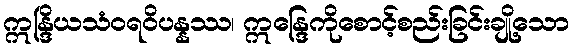
ဣန္ဒြိယသံဝရဝိပန္နဿ၊ ဣန္ဒြေကိုစောင့်စည်းခြင်းချို့သော